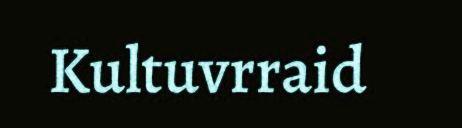
Kultuvrraid